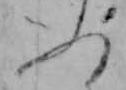
ふ